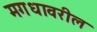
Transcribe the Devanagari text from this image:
मगधावरील